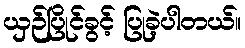
ယှဉ်ပြိုင်ခွင့် ပြုခဲ့ပါတယ်။